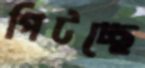
পিটচ্ছে